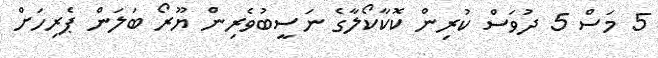
5 މަސް 5 ދުވަސް ކުރިން ކޮކާކޯލާގެ ނަސީބުވެރިން ޔޫރޯ ބަލަން ޕެރިހަށް